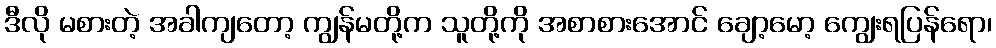
ဒီလို မစားတဲ့ အခါကျတော့ ကျွန်မတို့က သူတို့ကို အစာစားအောင် ချော့မော့ ကျွေးရပြန်ရော၊